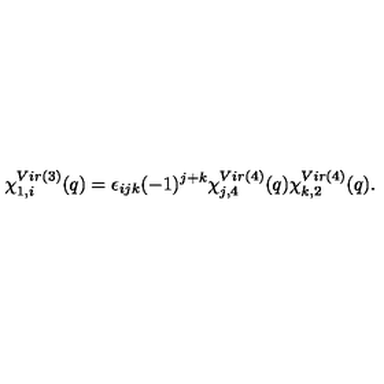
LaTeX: \chi _ { 1 , i } ^ { V i r ( 3 ) } ( q ) = \epsilon _ { i j k } ( - 1 ) ^ { j + k } \chi _ { j , 4 } ^ { V i r ( 4 ) } ( q ) \chi _ { k , 2 } ^ { V i r ( 4 ) } ( q ) .